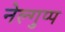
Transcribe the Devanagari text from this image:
नेल्गुप्प